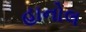
હાનોલ